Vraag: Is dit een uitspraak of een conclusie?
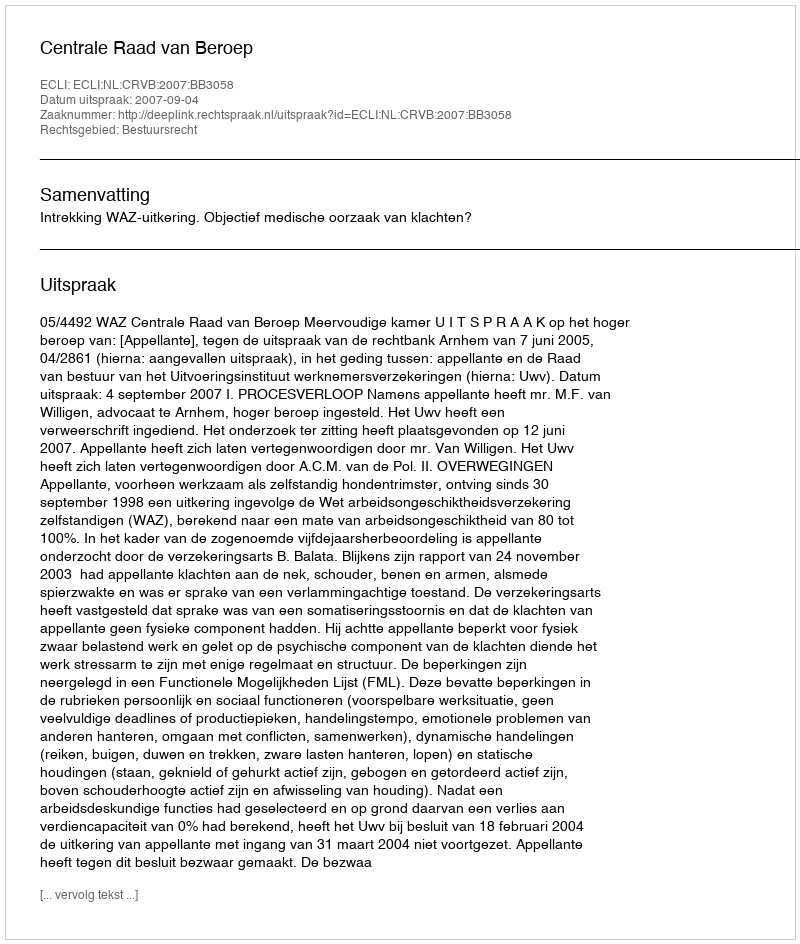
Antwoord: Uitspraak